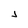
Character: j